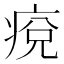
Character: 痥